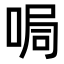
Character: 𠵑